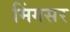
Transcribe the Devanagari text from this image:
मिंगसर